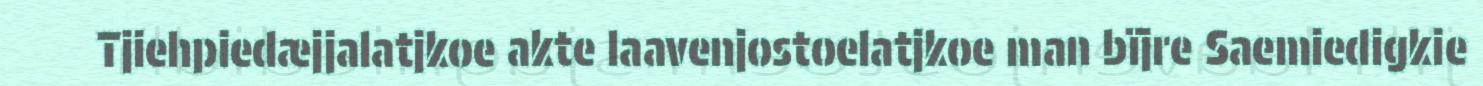
Tjiehpiedæjjalatjkoe akte laavenjostoelatjkoe man bïjre Saemiedigkie